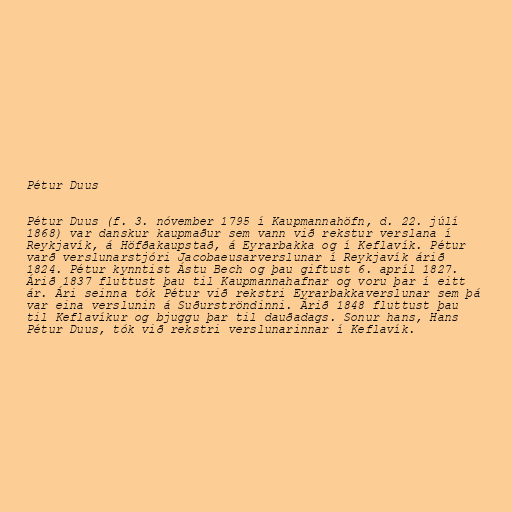
Pétur Duus

Pétur Duus (f. 3. nóvember 1795 í Kaupmannahöfn, d. 22. júlí
1868) var danskur kaupmaður sem vann við rekstur verslana í
Reykjavík, á Höfðakaupstað, á Eyrarbakka og í Keflavík. Pétur
varð verslunarstjóri Jacobaeusarverslunar í Reykjavík árið
1824. Pétur kynntist Ástu Bech og þau giftust 6. apríl 1827.
Árið 1837 fluttust þau til Kaupmannahafnar og voru þar í eitt
ár. Ári seinna tók Pétur við rekstri Eyrarbakkaverslunar sem þá
var eina verslunin á Suðurströndinni. Árið 1848 fluttust þau
til Keflavíkur og bjuggu þar til dauðadags. Sonur hans, Hans
Pétur Duus, tók við rekstri verslunarinnar í Keflavík.